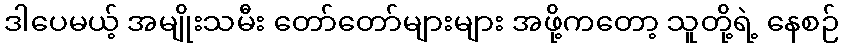
ဒါပေမယ့် အမျိုးသမီး တော်တော်များများ အဖို့ကတော့ သူတို့ရဲ့ နေစဉ်